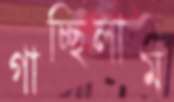
গাচ্ছিলাম